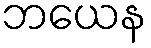
ဘယေန